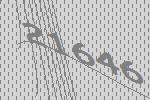
21646